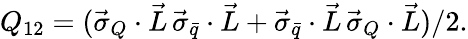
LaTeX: Q_{12}=(\vec{\sigma}_{Q}\cdot\vec{L}\, \vec{\sigma}_{\bar{q}}\cdot\vec{L}+\vec{\sigma}_{\bar{q}}\cdot\vec{L}\, \vec{\sigma}_{Q}\cdot\vec{L})/2.